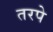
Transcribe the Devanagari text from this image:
तरपे